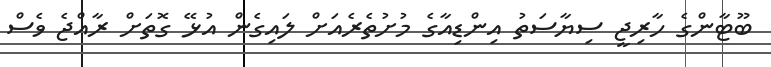
ބޫޓާންގެ ހާރިޖީ ސިޔާސަތު އިންޑިއާގެ މުށުތެރެއަށް ލައިގެން އުޅޭ ގޮތަށް ރާއްޖެ ވެސް